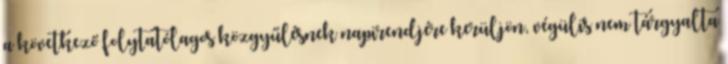
a következő folytatólagos közgyűlésnek napirendjére kerüljön, végülis nem tárgyalta